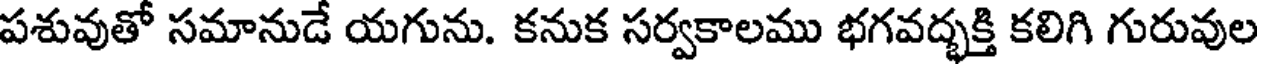
పశువుతో సమానుడే యగును. కనుక సర్వకాలము భగవద్భక్తి కలిగి గురువుల